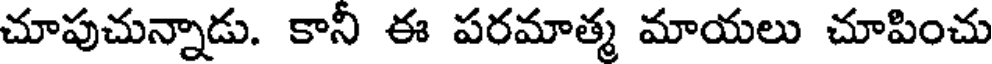
చూపుచున్నాడు. కానీ ఈ పరమాత్మ మాయలు చూపించు